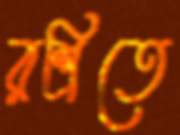
রশ্মিতে